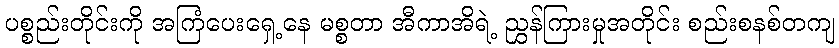
ပစ္စည်းတိုင်းကို အကြံပေးရှေ့နေ မစ္စတာ အီကာအိရဲ့ ညွှန်ကြားမှုအတိုင်း စည်းစနစ်တကျ